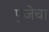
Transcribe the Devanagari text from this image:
पुजेचा